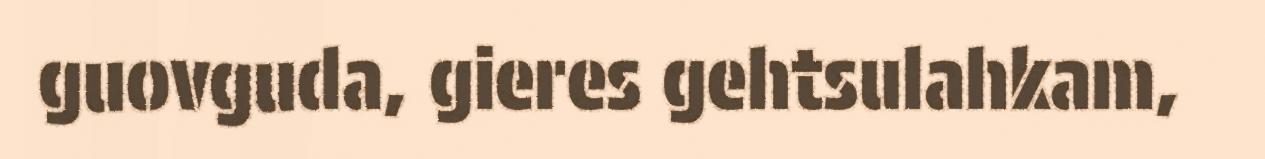
guovguda, gieres gehtsulahkam,